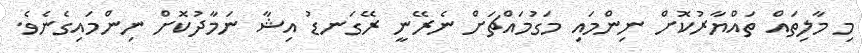
މި މާލިތައް ތައްޔާރުކޮށް ނިންމައި މަގުމައްޗަށް ނެރޭނީ ރޭގަނޑު އިޝާ ނަމާދުކޮށް ނިންމައިގެނެވެ.